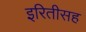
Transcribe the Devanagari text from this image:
इरितीसह